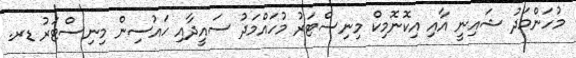
މުހަންމަދު ޝައިނީ އާއި އިކޮނޮމިކް މިނިސްޓަރު މުހައްމަދު ސައީދާއި ހައުސިން މިނިސްޓަރު ޑރ.